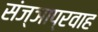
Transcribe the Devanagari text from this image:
संज्ञाप्रवाह